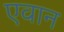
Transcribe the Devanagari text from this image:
एवान